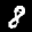
Label: 8